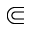
\Subset